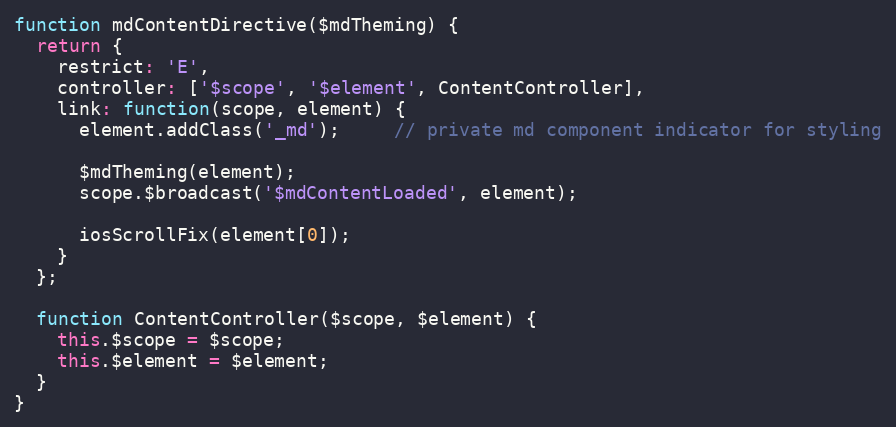
Language: JavaScript
function mdContentDirective($mdTheming) {
  return {
    restrict: 'E',
    controller: ['$scope', '$element', ContentController],
    link: function(scope, element) {
      element.addClass('_md');     // private md component indicator for styling

      $mdTheming(element);
      scope.$broadcast('$mdContentLoaded', element);

      iosScrollFix(element[0]);
    }
  };

  function ContentController($scope, $element) {
    this.$scope = $scope;
    this.$element = $element;
  }
}